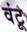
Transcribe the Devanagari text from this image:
वंटू